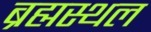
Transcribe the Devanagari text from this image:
ब्रह्मस्थल